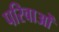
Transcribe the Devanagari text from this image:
परिवाओं